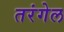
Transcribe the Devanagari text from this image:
तरंगेल